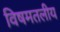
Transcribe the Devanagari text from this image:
विषमतलीय